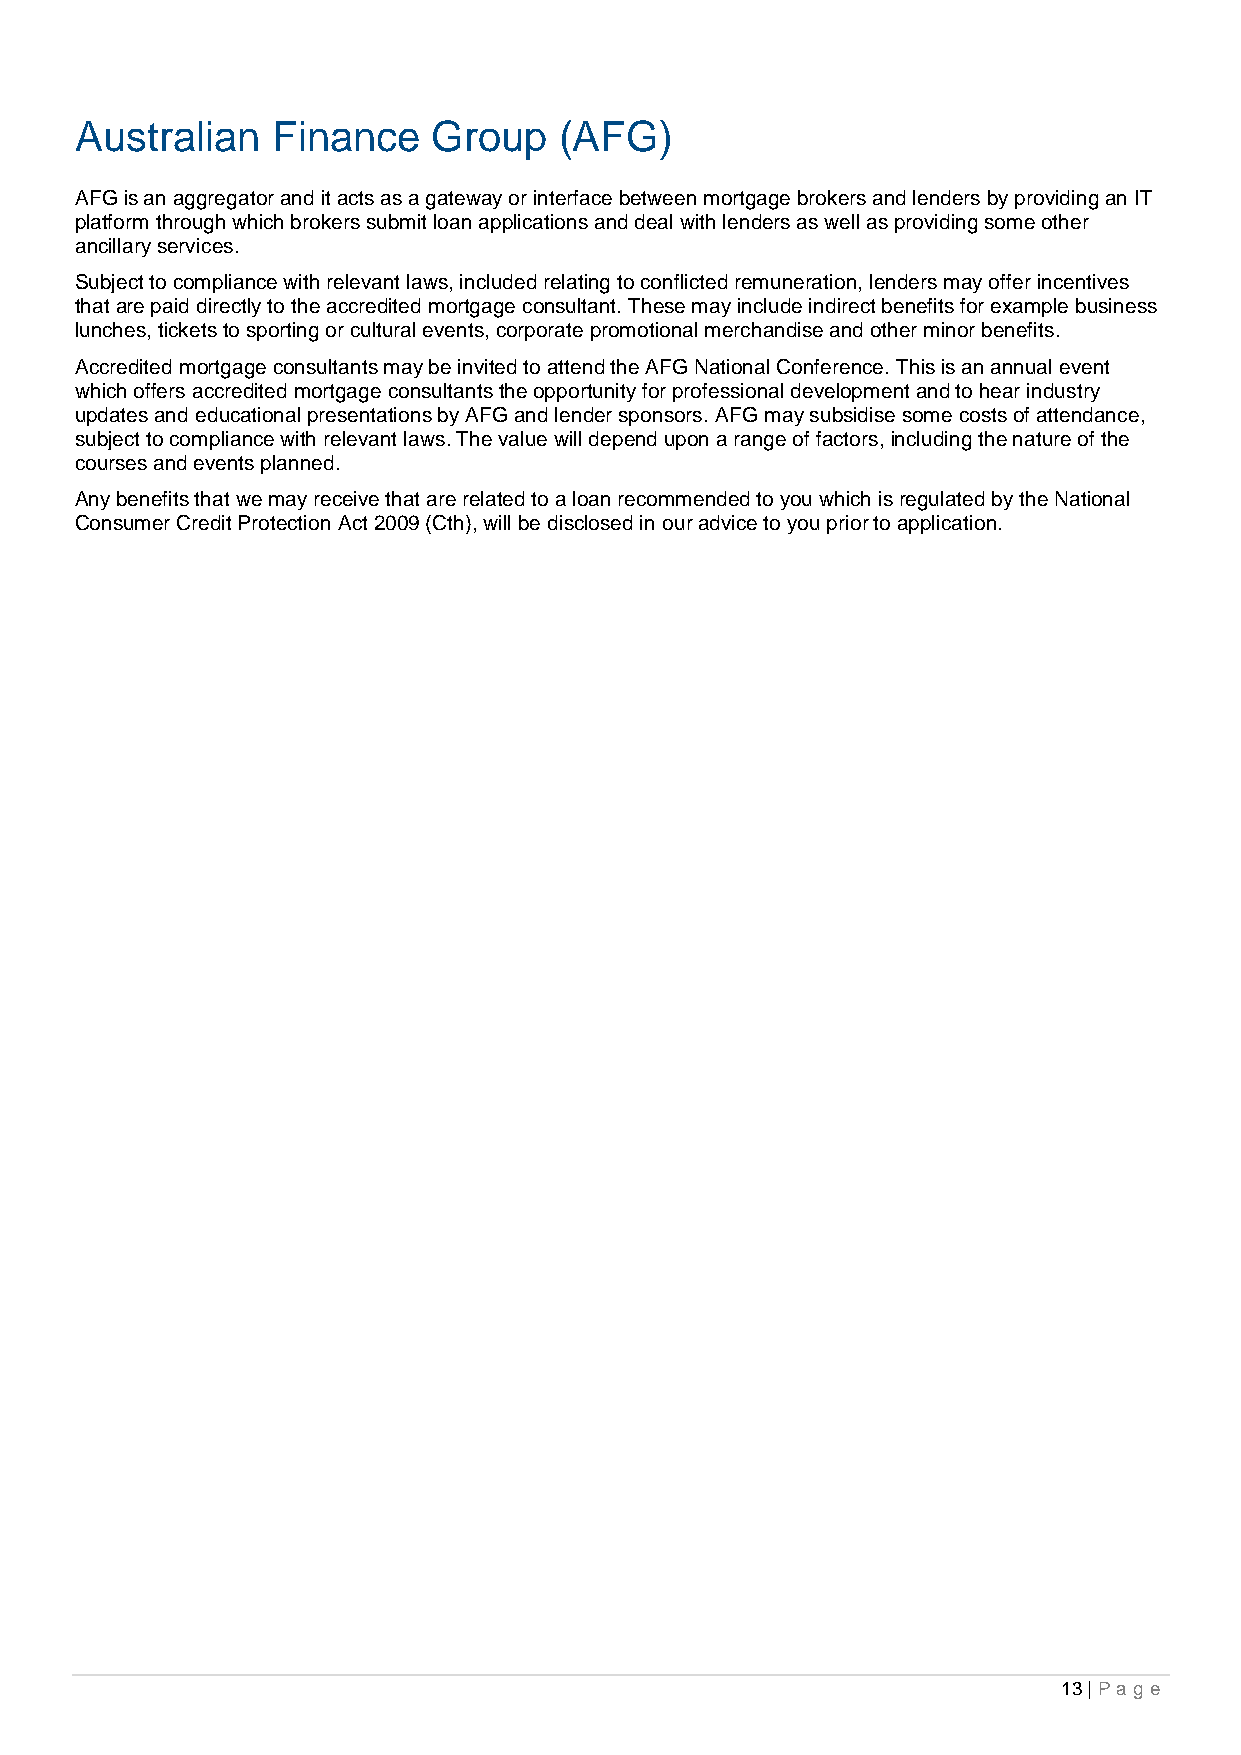
Australian   Finance    Group   (AFG)
 AFG is an aggregator and it acts as a gateway or interface between mortgage brokers and lenders by providing an IT
 platform through which brokers submit loan applications and deal with lenders as well as providing some other
 ancillary services.
 Subject to compliance with relevant laws, included relating to conflicted remuneration, lenders may offer incentives
 that are paid directly to the accredited mortgage consultant. These may include indirect benefits for example business
 lunches, tickets to sporting or cultural events, corporate promotional merchandise and other minor benefits.
 Accredited mortgage consultants may be invited to attend the AFG National Conference. This is an annual event
 which offers accredited mortgage consultants the opportunity for professional development and to hear industry
 updates and educational presentations by AFG and lender sponsors. AFG may subsidise some costs of attendance,
 subject to compliance with relevant laws. The value will depend upon a range of factors, including the nature of the
 courses and events planned.
 Any benefits that we may receive that are related to a loan recommended to you which is regulated by the National
 Consumer Credit Protection Act 2009 (Cth), will be disclosed in our advice to you prior to application.
 13 | Pa g e